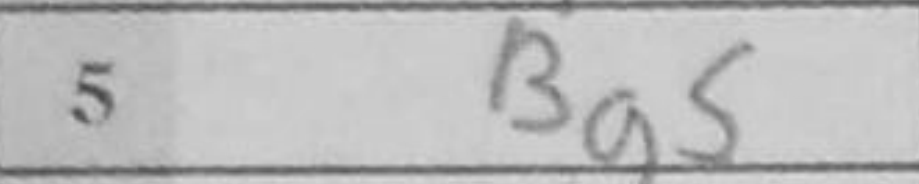
Transcription: Bg5